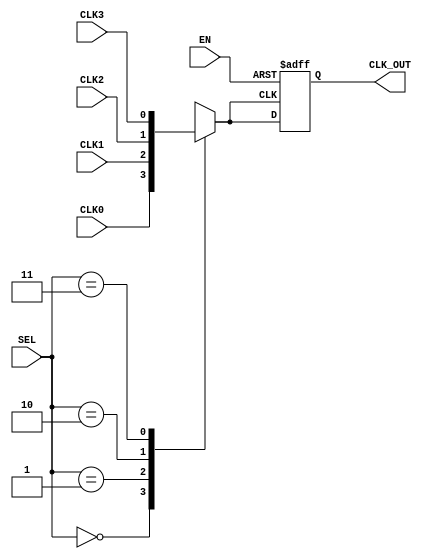
module ClockMultiplexerBuffer (
    input wire CLK0,        // Clock input 0
    input wire CLK1,        // Clock input 1
    input wire CLK2,        // Clock input 2
    input wire CLK3,        // Clock input 3
    input wire [1:0] SEL,   // Selection input (2 bits for 4 clocks)
    input wire EN,          // Enable input
    output reg CLK_OUT      // Buffered output clock
);

// Internal signal to hold the selected clock
reg selected_clk;

// Combinational logic to select the clock based on SEL
always @(*) begin
    case (SEL)
        2'b00: selected_clk = CLK0;
        2'b01: selected_clk = CLK1;
        2'b10: selected_clk = CLK2;
        2'b11: selected_clk = CLK3;
        default: selected_clk = 1'b0; // Default case (should not happen)
    endcase
end

// Output logic with buffering and enable control
always @(posedge selected_clk or negedge EN) begin
    if (!EN) begin
        CLK_OUT <= 1'b0; // Hold output low when disabled
    end else begin
        CLK_OUT <= selected_clk; // Route the selected clock to output
    end
end

endmodule